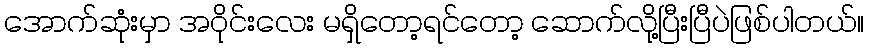
အောက်ဆုံးမှာ အဝိုင်းလေး မရှိတော့ရင်တော့ ဆောက်လို့ပြီးပြီပဲဖြစ်ပါတယ်။